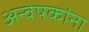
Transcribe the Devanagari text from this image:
अन्वेषकांना